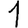
Digit: 1